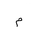
Letter: _mim